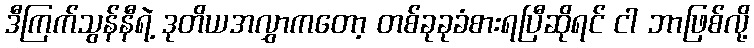
ဒီကြက်သွန်နီရဲ့ ဒုတိယအလွှာကတော့ တစ်ခုခုခံစားရပြီဆိုရင် ငါ ဘာဖြစ်လို့